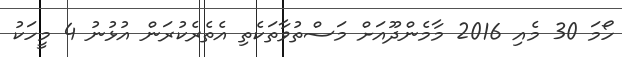
ހޯމަ 30 މެއި 2016 މާމެންދޫއަށް މަސްތުވާތަކެތި އެތެރެކުރަން އުޅުނު 4 މީހަކު